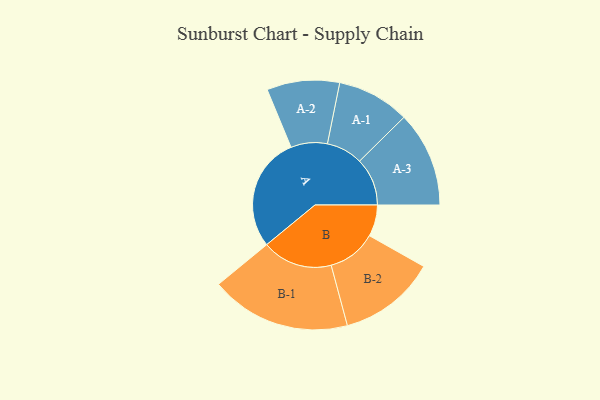
{"axis": {"x": "Segment", "y": "Value"}, "legend": ["", "A", "B"], "data": [{"x": "A", "y": 472, "type": ""}, {"x": "B", "y": 130, "type": ""}, {"x": "A-1", "y": 150, "type": "A"}, {"x": "A-2", "y": 150, "type": "A"}, {"x": "A-3", "y": 197, "type": "A"}, {"x": "B-1", "y": 290, "type": "B"}, {"x": "B-2", "y": 201, "type": "B"}]}